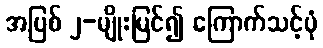
အပြစ် ၂-မျိုးမြင်၍ ကြောက်သင့်ပုံ